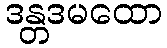
ဒန္တဒမထော